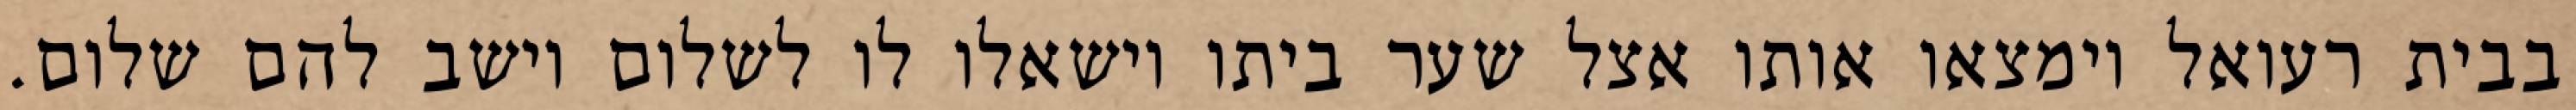
בבית רעואל וימצאו אותו אצל שער ביתו וישאלו לו לשלום וישב להם שלום.